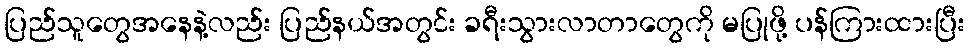
ပြည်သူတွေအနေနဲ့လည်း ပြည်နယ်အတွင်း ခရီးသွားလာတာတွေကို မပြုဖို့ ပန်ကြားထားပြီး